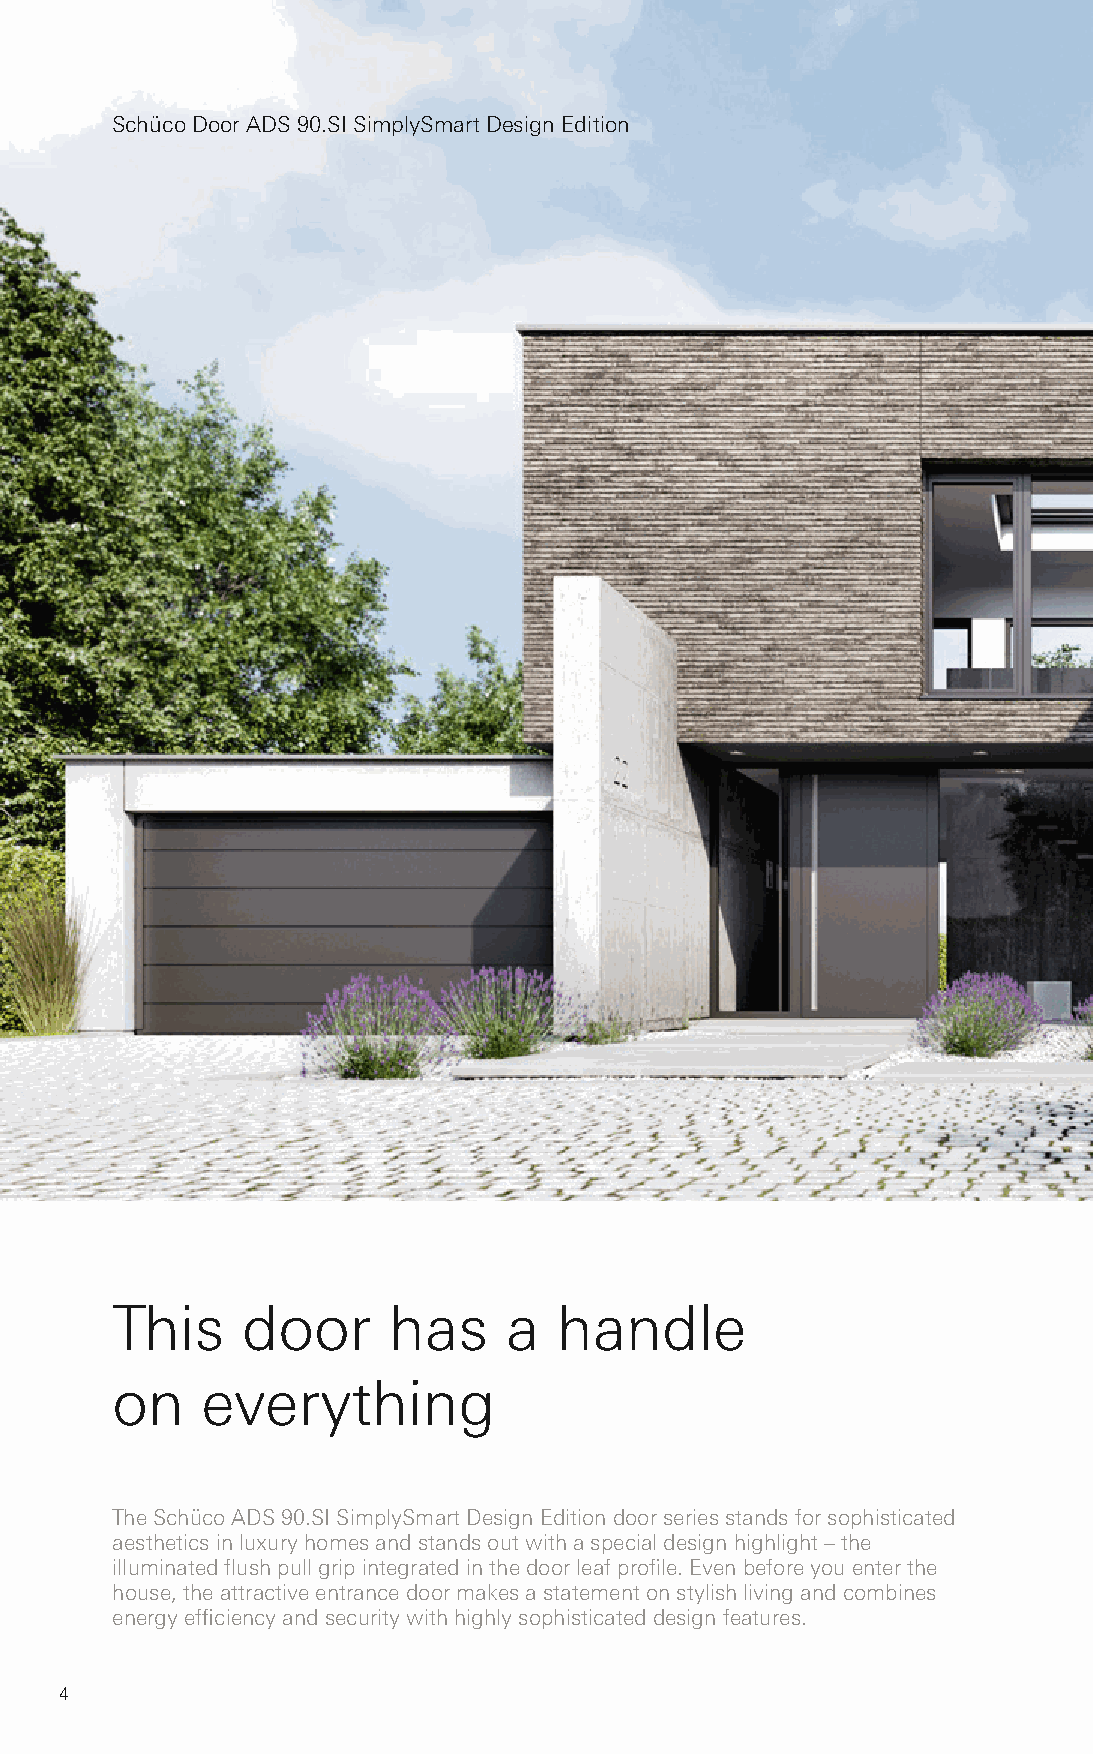
Schüco Door ADS 90.SI SimplySmart Design Edition
 This     door      has    a   handle
 on    everything
 The Schüco ADS 90.SI SimplySmart Design Edition door series stands for sophisticated
 aesthetics in luxury homes and stands out with a special design highlight – the
 illuminated flush pull grip integrated in the door leaf profile. Even before you enter the
 house, the attractive entrance door makes a statement on stylish living and combines
 energy efficiency and security with highly sophisticated design features.
 4